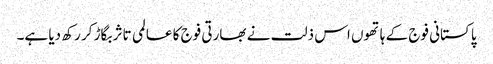
پاکستانی فوج کے ہاتھوں اس ذلت نے بھارتی فوج کا عالمی تاثر بگاڑ کر رکھ دیا ہے۔